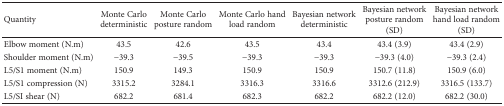
<table><thead><tr><td><b>Quantity</b></td><td><b>Monte Carlo deterministic</b></td><td><b>Monte Carlo posture random</b></td><td><b>Monte Carlo hand load random</b></td><td><b>Bayesian network deterministic</b></td><td><b>Bayesian network posture random (SD)</b></td><td><b>Bayesian network hand load random (SD)</b></td></tr></thead><tbody><tr><td>Elbow moment (N.m)</td><td>43.5</td><td>42.6</td><td>43.5</td><td>43.4</td><td>43.4 (3.9)</td><td>43.4 (2.9)</td></tr><tr><td>Shoulder moment (N.m)</td><td>−39.3</td><td>−39.5</td><td>−39.3</td><td>−39.3</td><td>−39.3 (4.0)</td><td>−39.3 (2.4)</td></tr><tr><td>L5/S1 moment (N.m)</td><td>150.9</td><td>149.3</td><td>150.9</td><td>150.9</td><td>150.7 (11.8)</td><td>150.9 (6.0)</td></tr><tr><td>L5/S1 compression (N)</td><td>3315.2</td><td>3284.1</td><td>3316.3</td><td>3316.6</td><td>3312.6 (212.9)</td><td>3316.5 (133.7)</td></tr><tr><td>L5/SI shear (N)</td><td>682.2</td><td>681.4</td><td>682.3</td><td>682.2</td><td>682.2 (12.0)</td><td>682.2 (30.0)</td></tr></tbody></table>